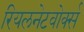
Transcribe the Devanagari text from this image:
रियलनेटवोर्क्स